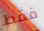
فقط